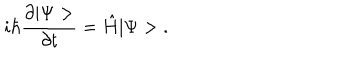
i \hbar \frac { \partial | \Psi > } { \partial t } = \hat { H } | \Psi > \; .